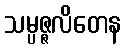
သမ္ပဇ္ဇလိတေန